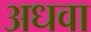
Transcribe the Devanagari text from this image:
अधवा